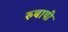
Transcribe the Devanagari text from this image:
रुबायी